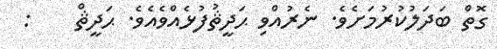
ގޮތް ބަދަލުކުރުމަށެވެ. ނެރުއްވި ޙަދީޘުފުޅެއްވެއެވެ. ޙަދީޘް    :